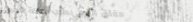
مغلق اليوم بسبب صلاة العي